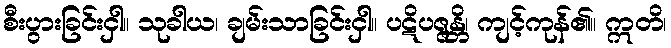
စီးပွားခြင်းငှါ။ သုခါယ၊ ချမ်းသာခြင်းငှါ။ ပဋိပဇ္ဇန္တိ၊ ကျင့်ကုန်၏။ ဣတိ၊